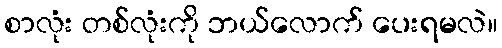
စာလုံး တစ်လုံးကို ဘယ်လောက် ပေးရမလဲ။